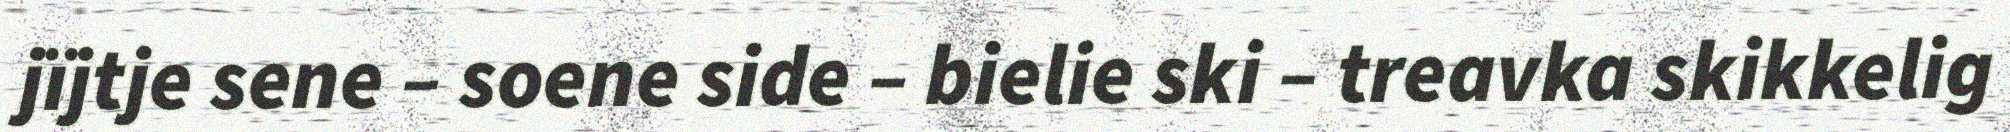
jïjtje sene – soene side – bielie ski – treavka skikkelig